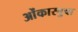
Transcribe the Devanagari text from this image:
ओंकारबुवा